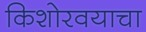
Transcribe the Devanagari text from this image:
किशोरवयाचा